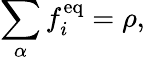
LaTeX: \sum_{\alpha}f_{i}^{\mathrm{eq}}=\rho,